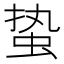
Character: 蛰